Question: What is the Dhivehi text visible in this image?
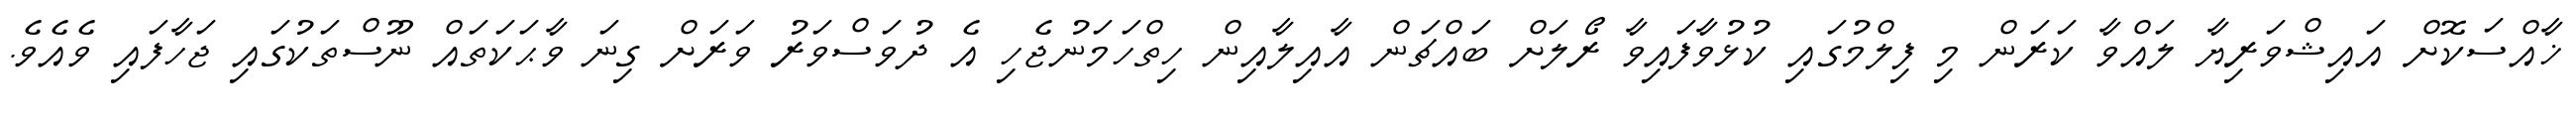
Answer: ޚާއްސަކޮށް އައިޝްވަރިޔާ ލައްވާ ކަރަން މި ފިލްމުގައި ކުޅުވާފައިވާ ރޯލަށް ބައްޗަން އާއިލާއިން ހިތްހަމަނުޖެހި އެ ދުވަސްވަރު ވަރަށް ގިނަ ވާޙަކަތައް ނޫސްތަކުގައި ޖަހާފައި ވެއެވެ.